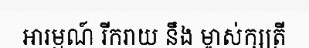
អារម្មណ៍ រីករាយ នឹង ម្ចាស់ក្សត្រី